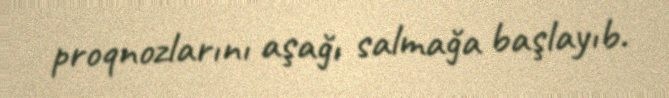
proqnozlarını aşağı salmağa başlayıb.